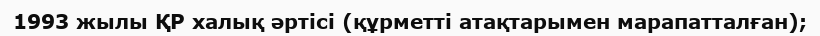
1993 жылы ҚР халық әртісі (құрметті атақтарымен марапатталған);